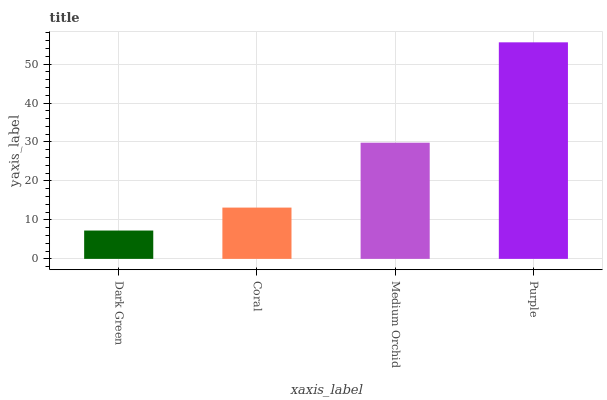
| xaxis_label | bars |
 | --- | --- |
 | Dark Green | 7.27 |
 | Coral | 13.2 |
 | Medium Orchid | 29.8 |
 | Purple | 55.6 |